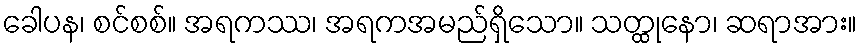
ခေါပန၊ စင်စစ်။ အရကဿ၊ အရကအမည်ရှိသော။ သတ္ထုနော၊ ဆရာအား။